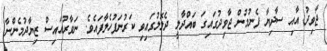
ޖާވިދު އާއި ސާދިޔާ ފެނުމުން ޖާވިދުގައިގަ ބައްދާލީ ދެލޮލުގައިވި ކަރުނަފުހެލާފައެވެ. ނަވާރުއައިސް ޒިޔާދުމެންނާ